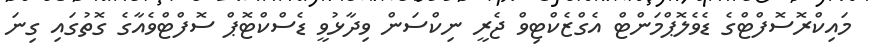
މައިކްރޮސޮފްޓްގެ ޑެވެލޮޕްމަންޓް އެގްޒެކްޓިވް ޖެރީ ނިކްސަން ވިދާޅުވީ ޑެސްކްޓޮޕް ސޮފްޓްވެއާގެ ގޮތުގައި ގިނަ